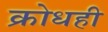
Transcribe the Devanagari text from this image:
क्रोधही